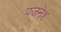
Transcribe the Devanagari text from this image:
पजनेश